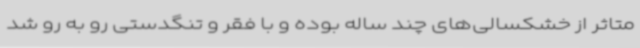
متاثر از خشکسالی‌های چند ساله بوده و با فقر و تنگدستی رو به رو شد